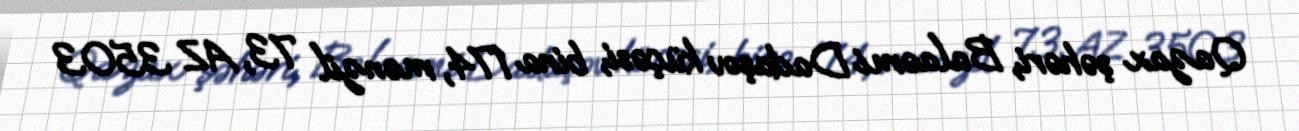
Qazax şəhəri, Balaəmi Dadaşov küçəsi, bina 174, mənzil 73, AZ 3503